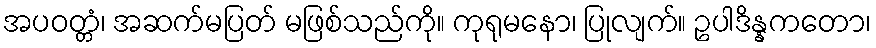
အပဝတ္တံ၊ အဆက်မပြတ် မဖြစ်သည်ကို။ ကုရုမနော၊ ပြုလျက်။ ဥပါဒိန္နကတော၊